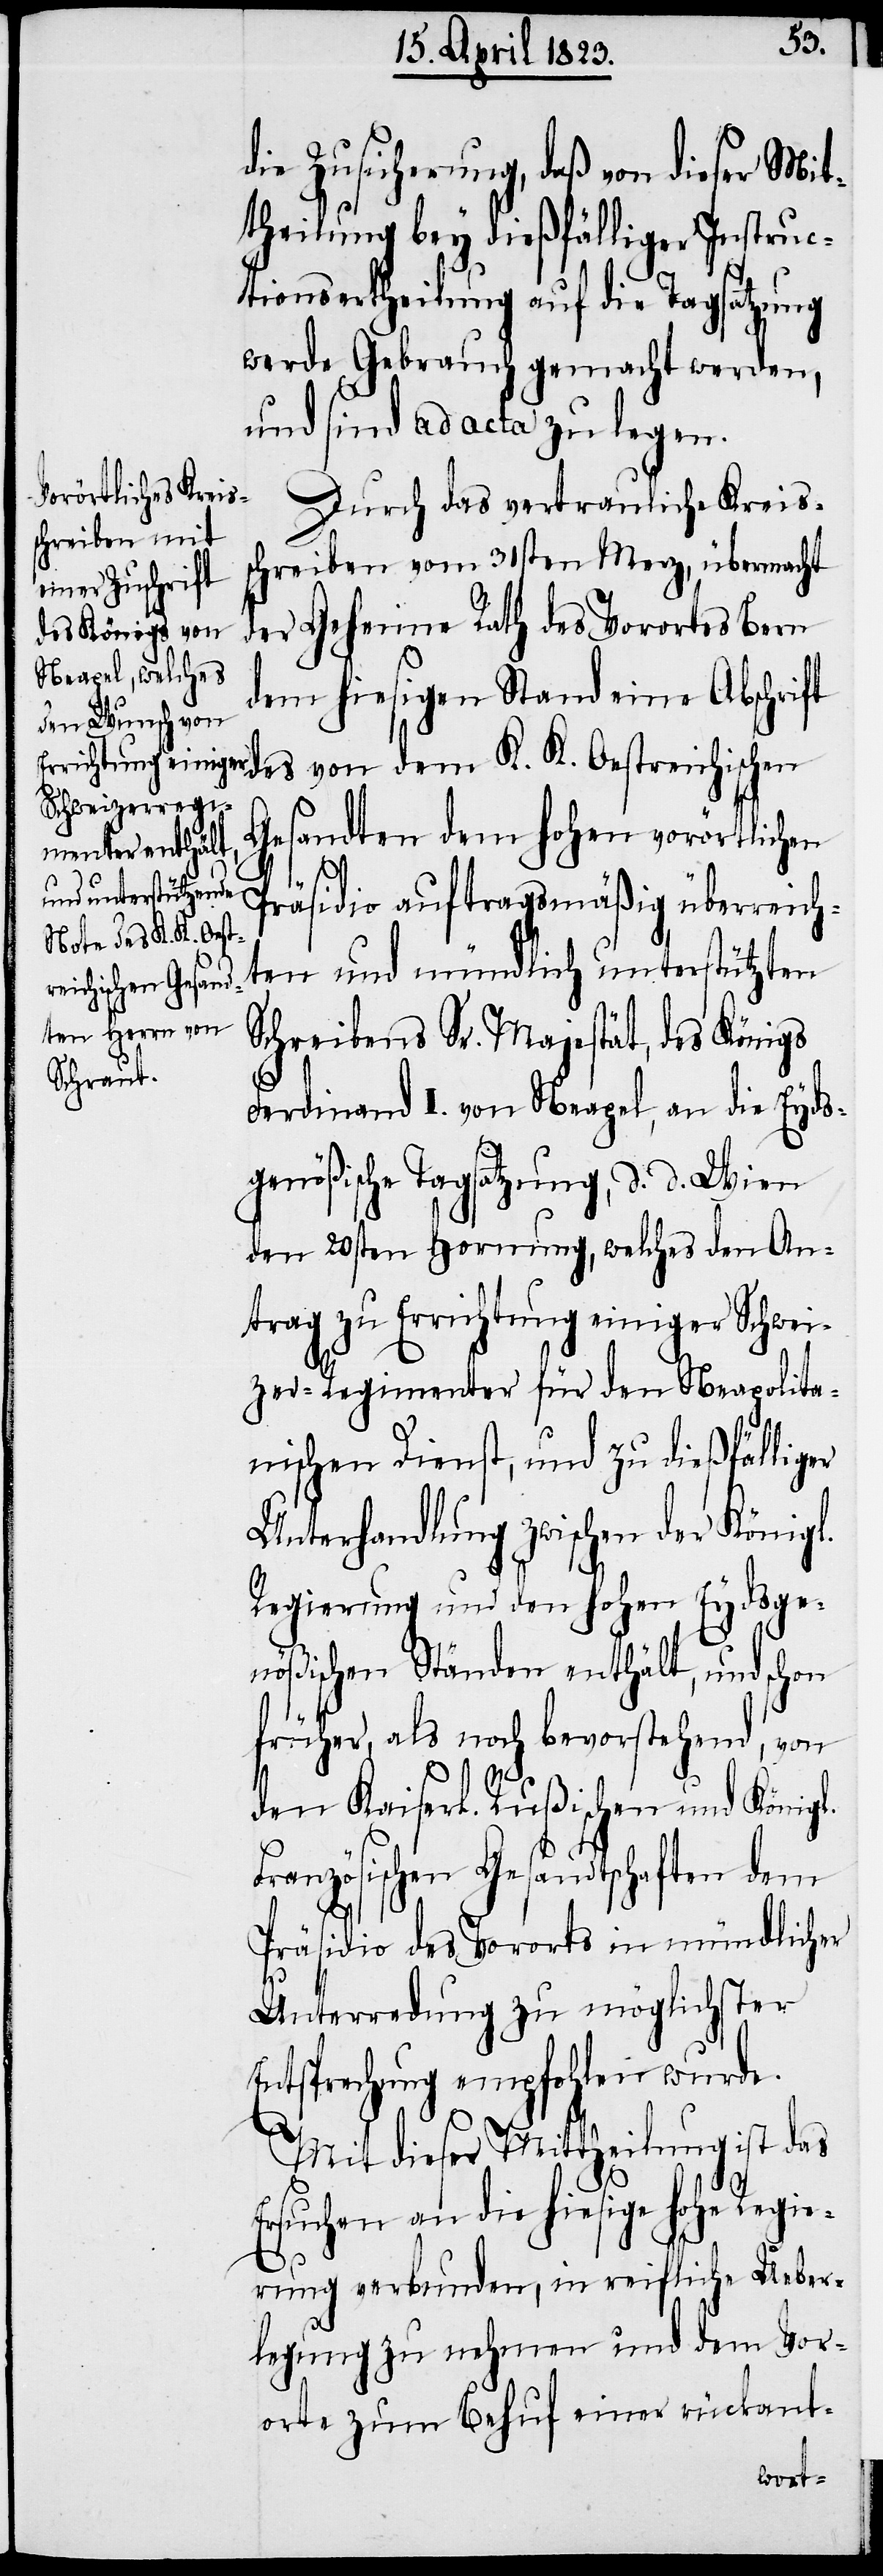
die Zusicherung, daß von dieser Mit¬
theilung bey dießfälliger Instruc¬
tionsertheilung auf die Tagsatzung
werde Gebrauch gemacht werden,
und sind ad acta zu legen.
Durch das vertrauliche Kreis¬
schreiben vom 31sten Merz, übermacht
der Geheime Rath des Vorortes Bern
dem hiesigen Stand eine Abschrift
sandten dem hohen vorörtlichen
Präsidio auftragsmäßig überreich¬
von dem K. K. Oest¬
ten und mündlich unterstützten
reichischen Ge¬
Schreibens Sr. Majestät, des Königs
Ferdinand I. von Neapel, an die Eyds¬
genößische Tagsatzung, d. d. Wien
den 20sten Hornung, welches den An¬
trag zu Errichtung einiger Schwei¬
zer-Regimenter für den Neapolita¬
nischen Dienst, und zu dießfälliger
Unterhandlung zwischen der Königl.
Regierung und den hohen Eydsge¬
nößischen Ständen enthält, und schon
früher, als noch bevorstehend, von
des
den Kaiserl. Rußischen und Königl.
Französischen Gesandtschaften dem
Präsidio des Vororts in mündlicher
Unterredung zu möglichster
Entsprechung empfohlen wurde.
Mit dieser Mittheilung ist das
Ersuchen an die hiesige hohe Regie¬
rung verbunden, in reifliche Ueber¬
legung zu nehmen und dem Vor¬
orte zum Behuf einer rückant-